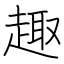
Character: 趣